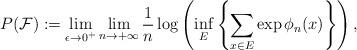
LaTeX: \begin{align*}P({\mathcal F}) := \lim_{\epsilon \to 0^+}\lim_{n \to +\infty}\dfrac{1}{n}\log\left(\inf_E\left\{\sum_{x \in E}\exp{\phi_n(x)}\right\}\right),\end{align*}